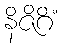
နိဇိဂိံ